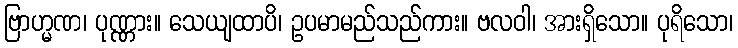
ဗြာဟ္မဏ၊ ပုဏ္ဏား။ သေယျထာပိ၊ ဥပမာမည်သည်ကား။ ဗလဝါ၊ အားရှိသော။ ပုရိသော၊